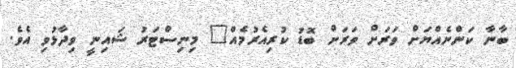
ބާނާ ކަންނެއްޔަށް ވަރަށް ވަރަށް ބޮޑު ކުރިއެރުމެއް" މިނިސްޓަރު ޝައިނީ ވިދާޅުވި އެވެ.